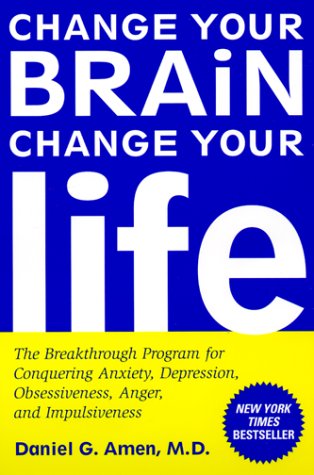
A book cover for Change Your Brain, Change Your Life: The Breakthrough Program for Conquering Anxiety, Depression, Obsessiveness, Anger, and Impulsiveness; Daniel G. Amen; Health, Fitness & Dieting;